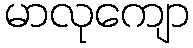
မာလုကျော